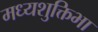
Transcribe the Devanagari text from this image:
मध्यशुक्तिभा